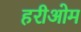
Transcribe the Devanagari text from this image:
हरीओम